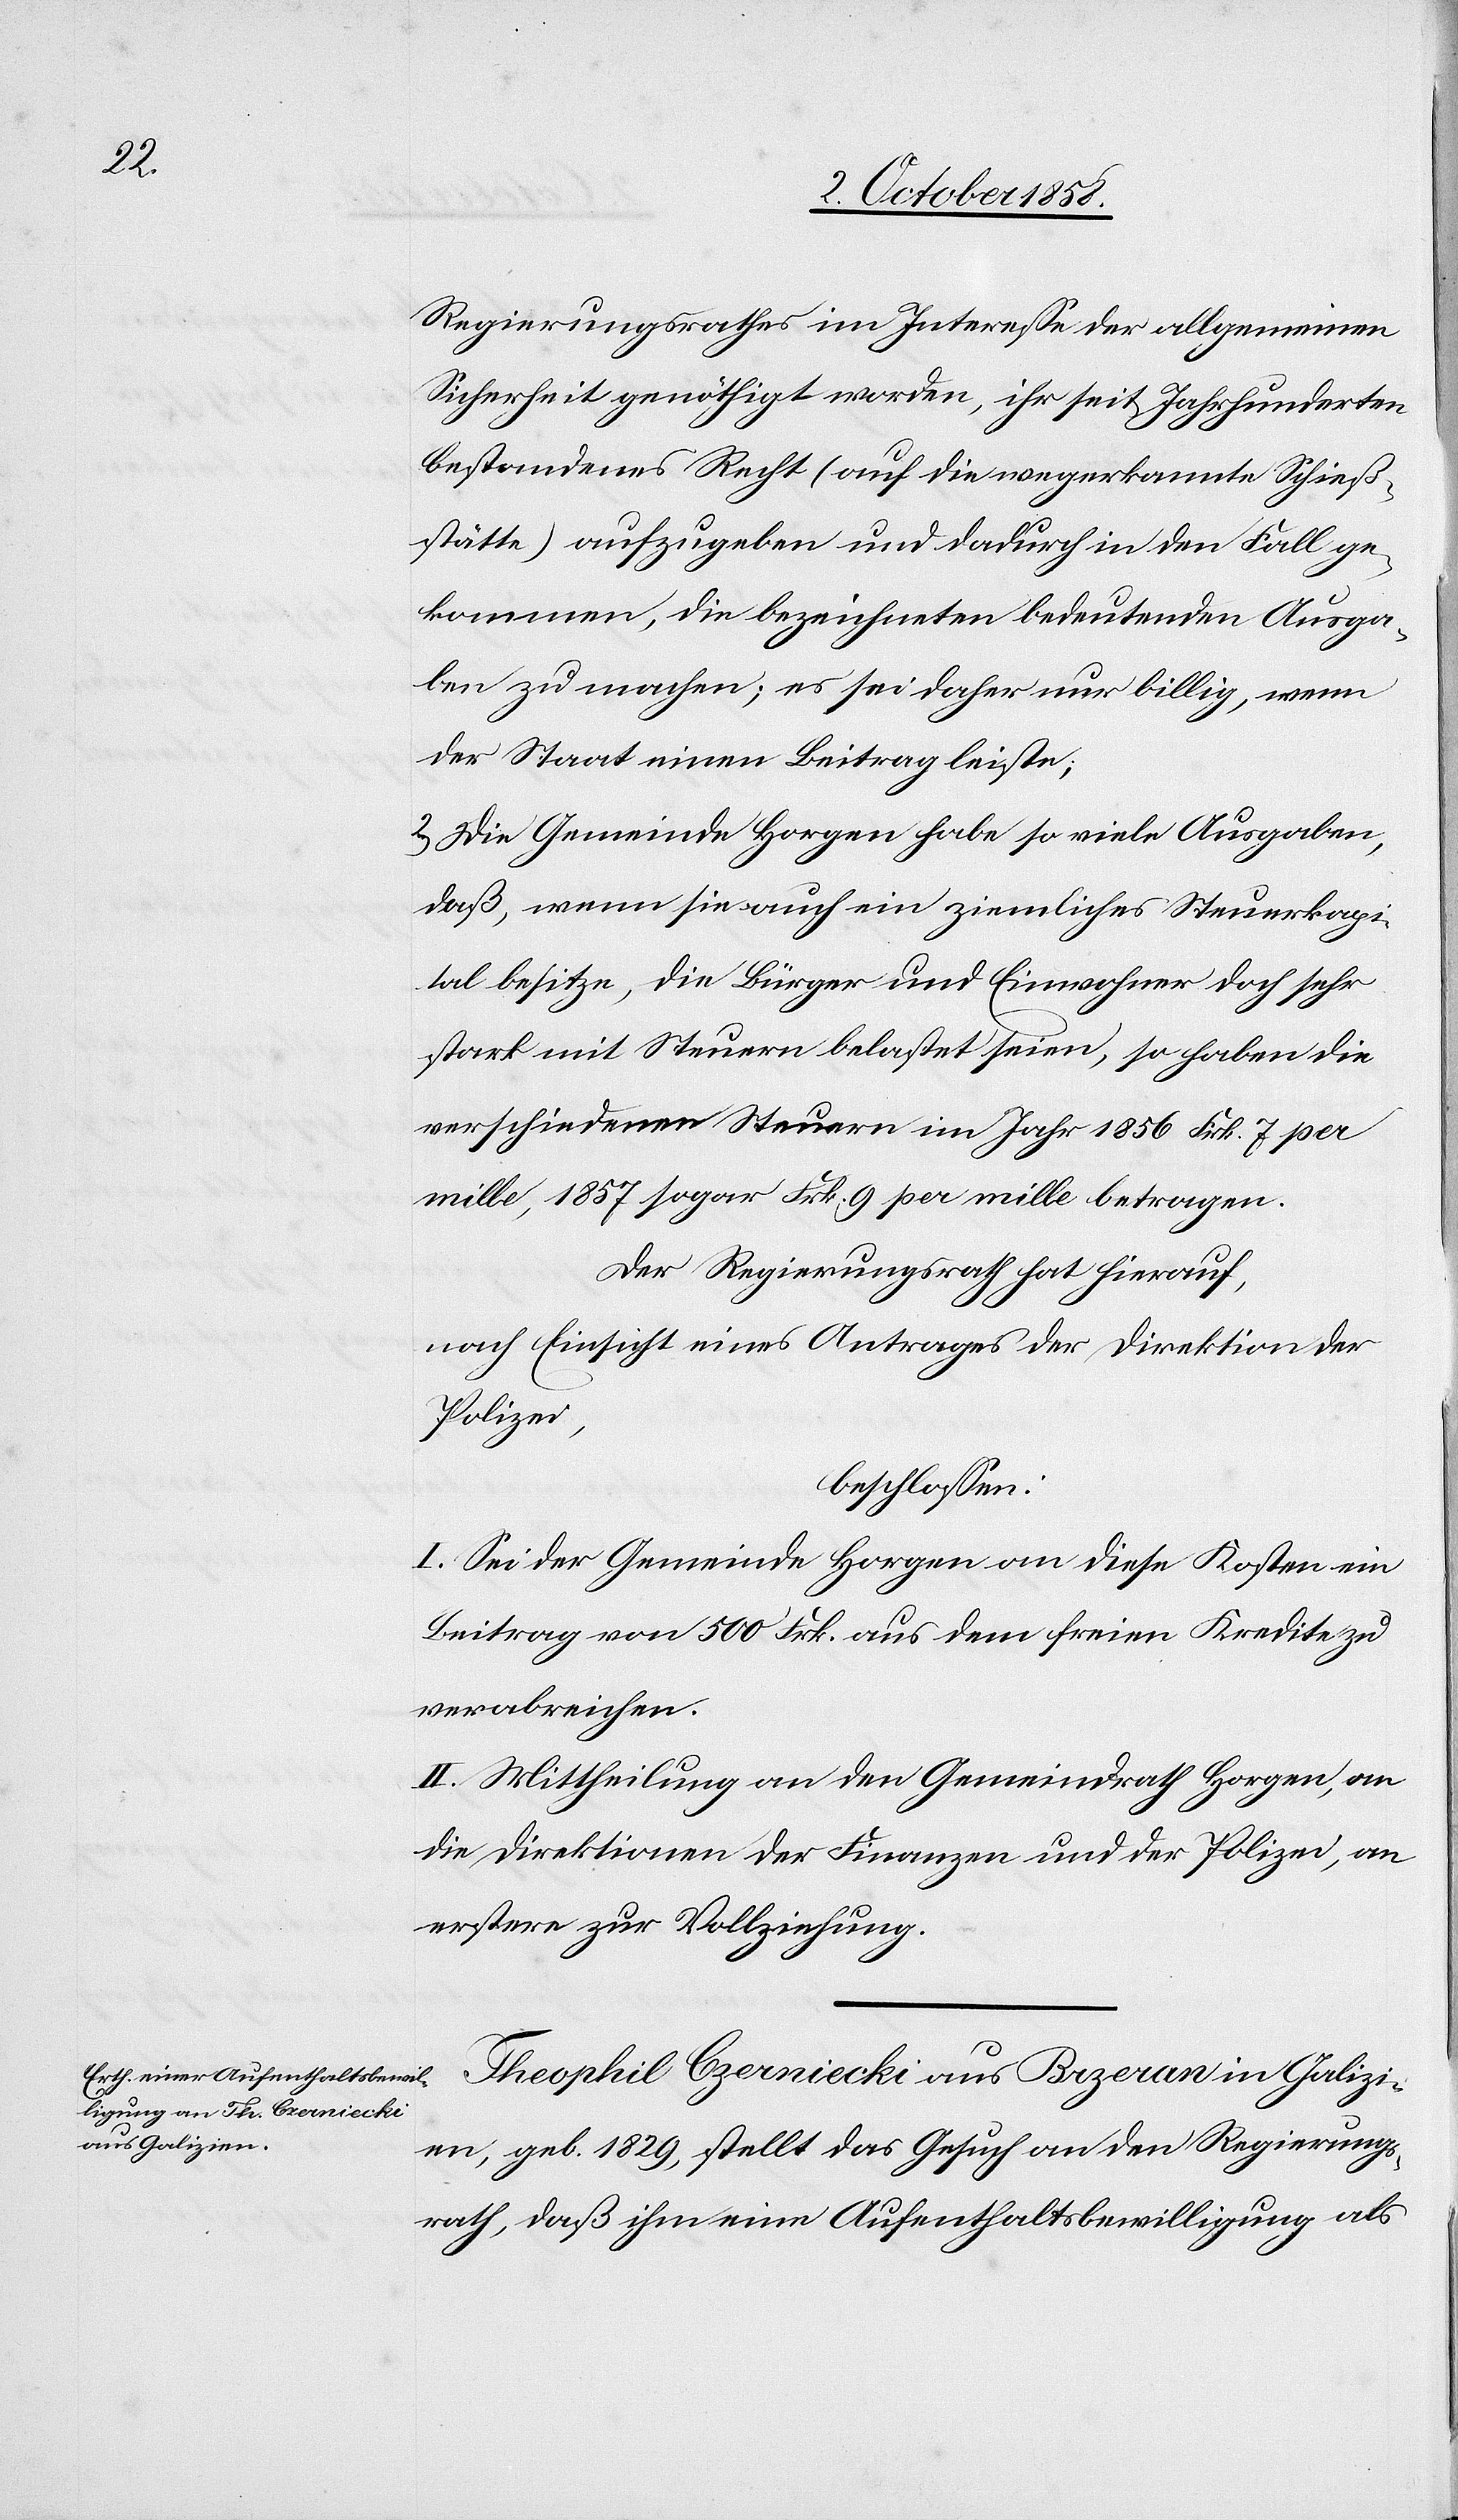
Regierungsrathes im Interesse der allgemeinen
Sicherheit genöthigt worden, ihr seit Jahrhunderten
bestandenes Recht (auf die wegerkannte Schieß¬
stätte) aufzugeben und dadurch in den Fall ge¬
kommen, die bezeichneten bedeutenden Ausga¬
ben zu machen; es sei daher nur billig, wenn
der Staat einen Beitrag leiste;
2.) Die Gemeinde Horgen habe so viele Ausgaben,
daß, wenn sie auch ein ziemliches Steuerkapi¬
tal besitze, die Bürger und Einwohner doch sehr
stark mit Steuern belastet seien, so haben die
verschiedenen Steuern im Jahr 1856 Frk. 7 per
mille, 1857 sogar Frk. 9 per mille betragen.
Der Regierungsrath hat hierauf,
nach Einsicht eines Antrages der Direktion der
Polizei,
beschlossen:
I. Sei der Gemeinde Horgen an diese Kosten ein
Beitrag von 500 Frk. aus dem freien Kredite zu
verabreichen.
II. Mittheilung an den Gemeindrath Horgen, an
die Direktionen der Finanzen und der Polizei, an
erstere zur Vollziehung.
Theophil Czerniecki aus Brzeran in Galizi¬
en, geb. 1829, stellt das Gesuch an den Regierungs¬
rath, daß ihm eine Aufenthaltsbewilligung als